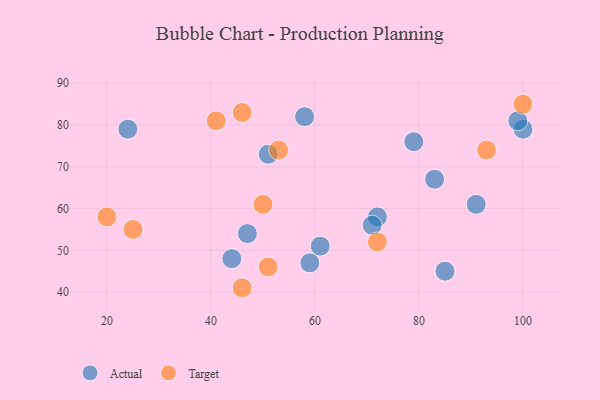
{"axis": {"x": "GDP", "y": "Life Expectancy"}, "legend": ["Actual", "Target"], "data": [{"x": "85", "y": 45, "type": "Actual"}, {"x": "61", "y": 51, "type": "Actual"}, {"x": "100", "y": 79, "type": "Actual"}, {"x": "72", "y": 58, "type": "Actual"}, {"x": "91", "y": 61, "type": "Actual"}, {"x": "24", "y": 79, "type": "Actual"}, {"x": "83", "y": 67, "type": "Actual"}, {"x": "58", "y": 82, "type": "Actual"}, {"x": "47", "y": 54, "type": "Actual"}, {"x": "99", "y": 81, "type": "Actual"}, {"x": "44", "y": 48, "type": "Actual"}, {"x": "51", "y": 73, "type": "Actual"}, {"x": "59", "y": 47, "type": "Actual"}, {"x": "79", "y": 76, "type": "Actual"}, {"x": "71", "y": 56, "type": "Actual"}, {"x": "46", "y": 83, "type": "Target"}, {"x": "100", "y": 85, "type": "Target"}, {"x": "20", "y": 58, "type": "Target"}, {"x": "25", "y": 55, "type": "Target"}, {"x": "72", "y": 52, "type": "Target"}, {"x": "50", "y": 61, "type": "Target"}, {"x": "41", "y": 81, "type": "Target"}, {"x": "51", "y": 46, "type": "Target"}, {"x": "46", "y": 41, "type": "Target"}, {"x": "93", "y": 74, "type": "Target"}, {"x": "53", "y": 74, "type": "Target"}]}